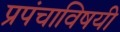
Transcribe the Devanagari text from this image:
प्रपंचाविषयी